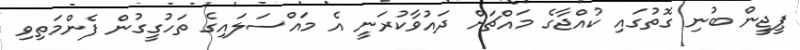
ޕީޖީން ބުނި ގޮތުގައި ކުއްޖާގެ މައްޗަށް ދައުވާކުރަނީ އެ މައްސަލައިގެ ތަހުގީގުން ފެންމަތިވި